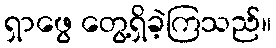
ရှာဖွေ တွေ့ရှိခဲ့ကြသည်။